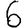
Digit: 6